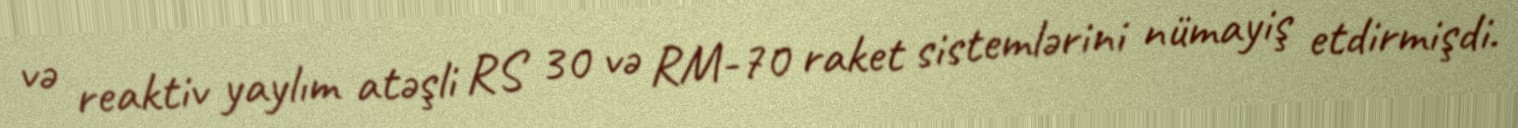
və reaktiv yaylım atəşli RS 30 və RM-70 raket sistemlərini nümayiş etdirmişdi.